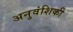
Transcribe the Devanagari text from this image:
अनुवंशिकी